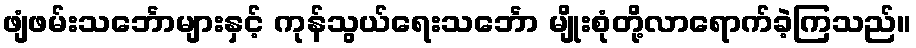
ဖျံဖမ်းသင်္ဘောများနှင့် ကုန်သွယ်ရေးသင်္ဘော မျိုးစုံတို့လာရောက်ခဲ့ကြသည်။